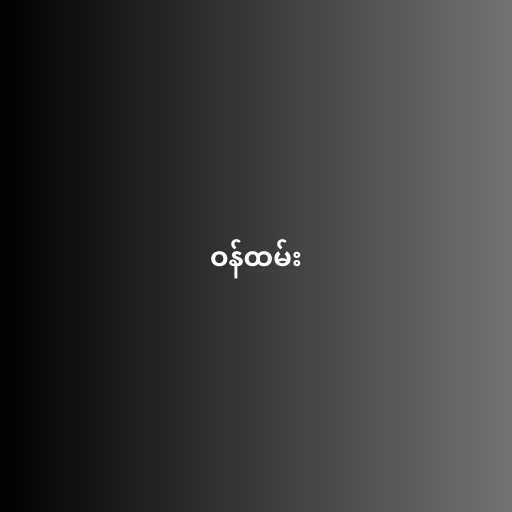
ဝန်ထမ်း